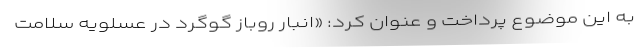
به این موضوع پرداخت و عنوان کرد: «انبار روباز گوگرد در عسلویه سلامت